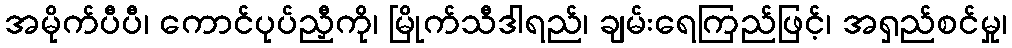
အမိုက်ပီပီ၊ ကောင်ပုပ်ညှီကို၊ မြိုက်သီဒါရည်၊ ချမ်းရေကြည်ဖြင့်၊ အရှည်စင်မှု၊